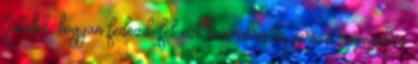
fiatalok, hogyan fedezik fel ezt számukra és persze számunkra